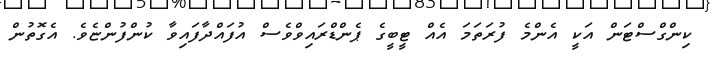
ކިންގްސްޓަން އަކީ އެންމެ ފުރަތަމަ އެއް ޓީބީގެ ޕެންޑްރައިވްވެސް އުފައްދާފައިވާ ކުންފުންޏެވެ. އެގޮތުން